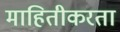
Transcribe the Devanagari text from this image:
माहितीकरता